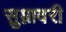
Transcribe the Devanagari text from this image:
सुम्नावरी